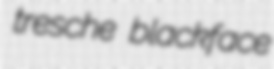
tresche blackface